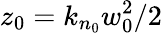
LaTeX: z_{0}=k_{n_{0}}w_{0}^{2}/2